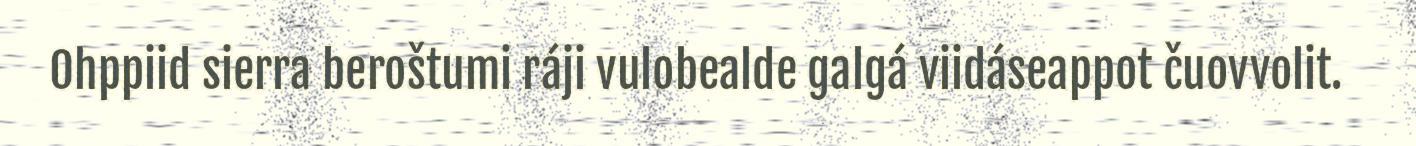
Ohppiid sierra beroštumi ráji vulobealde galgá viidáseappot čuovvolit.